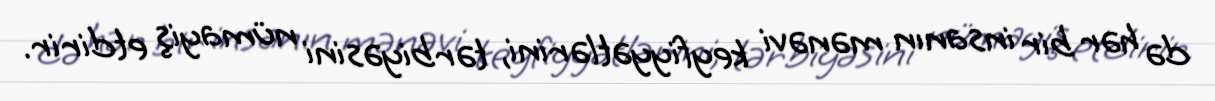
də hər bir insanın mənəvi keyfiyyətlərini, tərbiyəsini nümayiş etdirir.